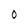
Character: O